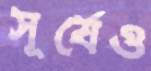
সূর্যেও